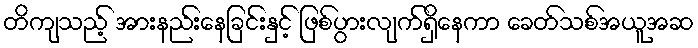
တိကျသည့် အားနည်းနေခြင်းနှင့် ဖြစ်ပွားလျက်ရှိနေကာ ခေတ်သစ်အယူအဆ